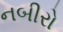
નબીરો